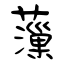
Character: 薻